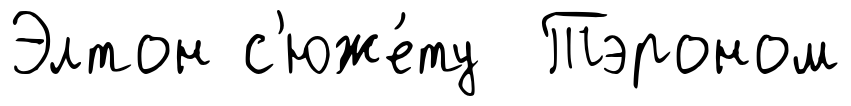
Элтон с'юже́ту Тэроном